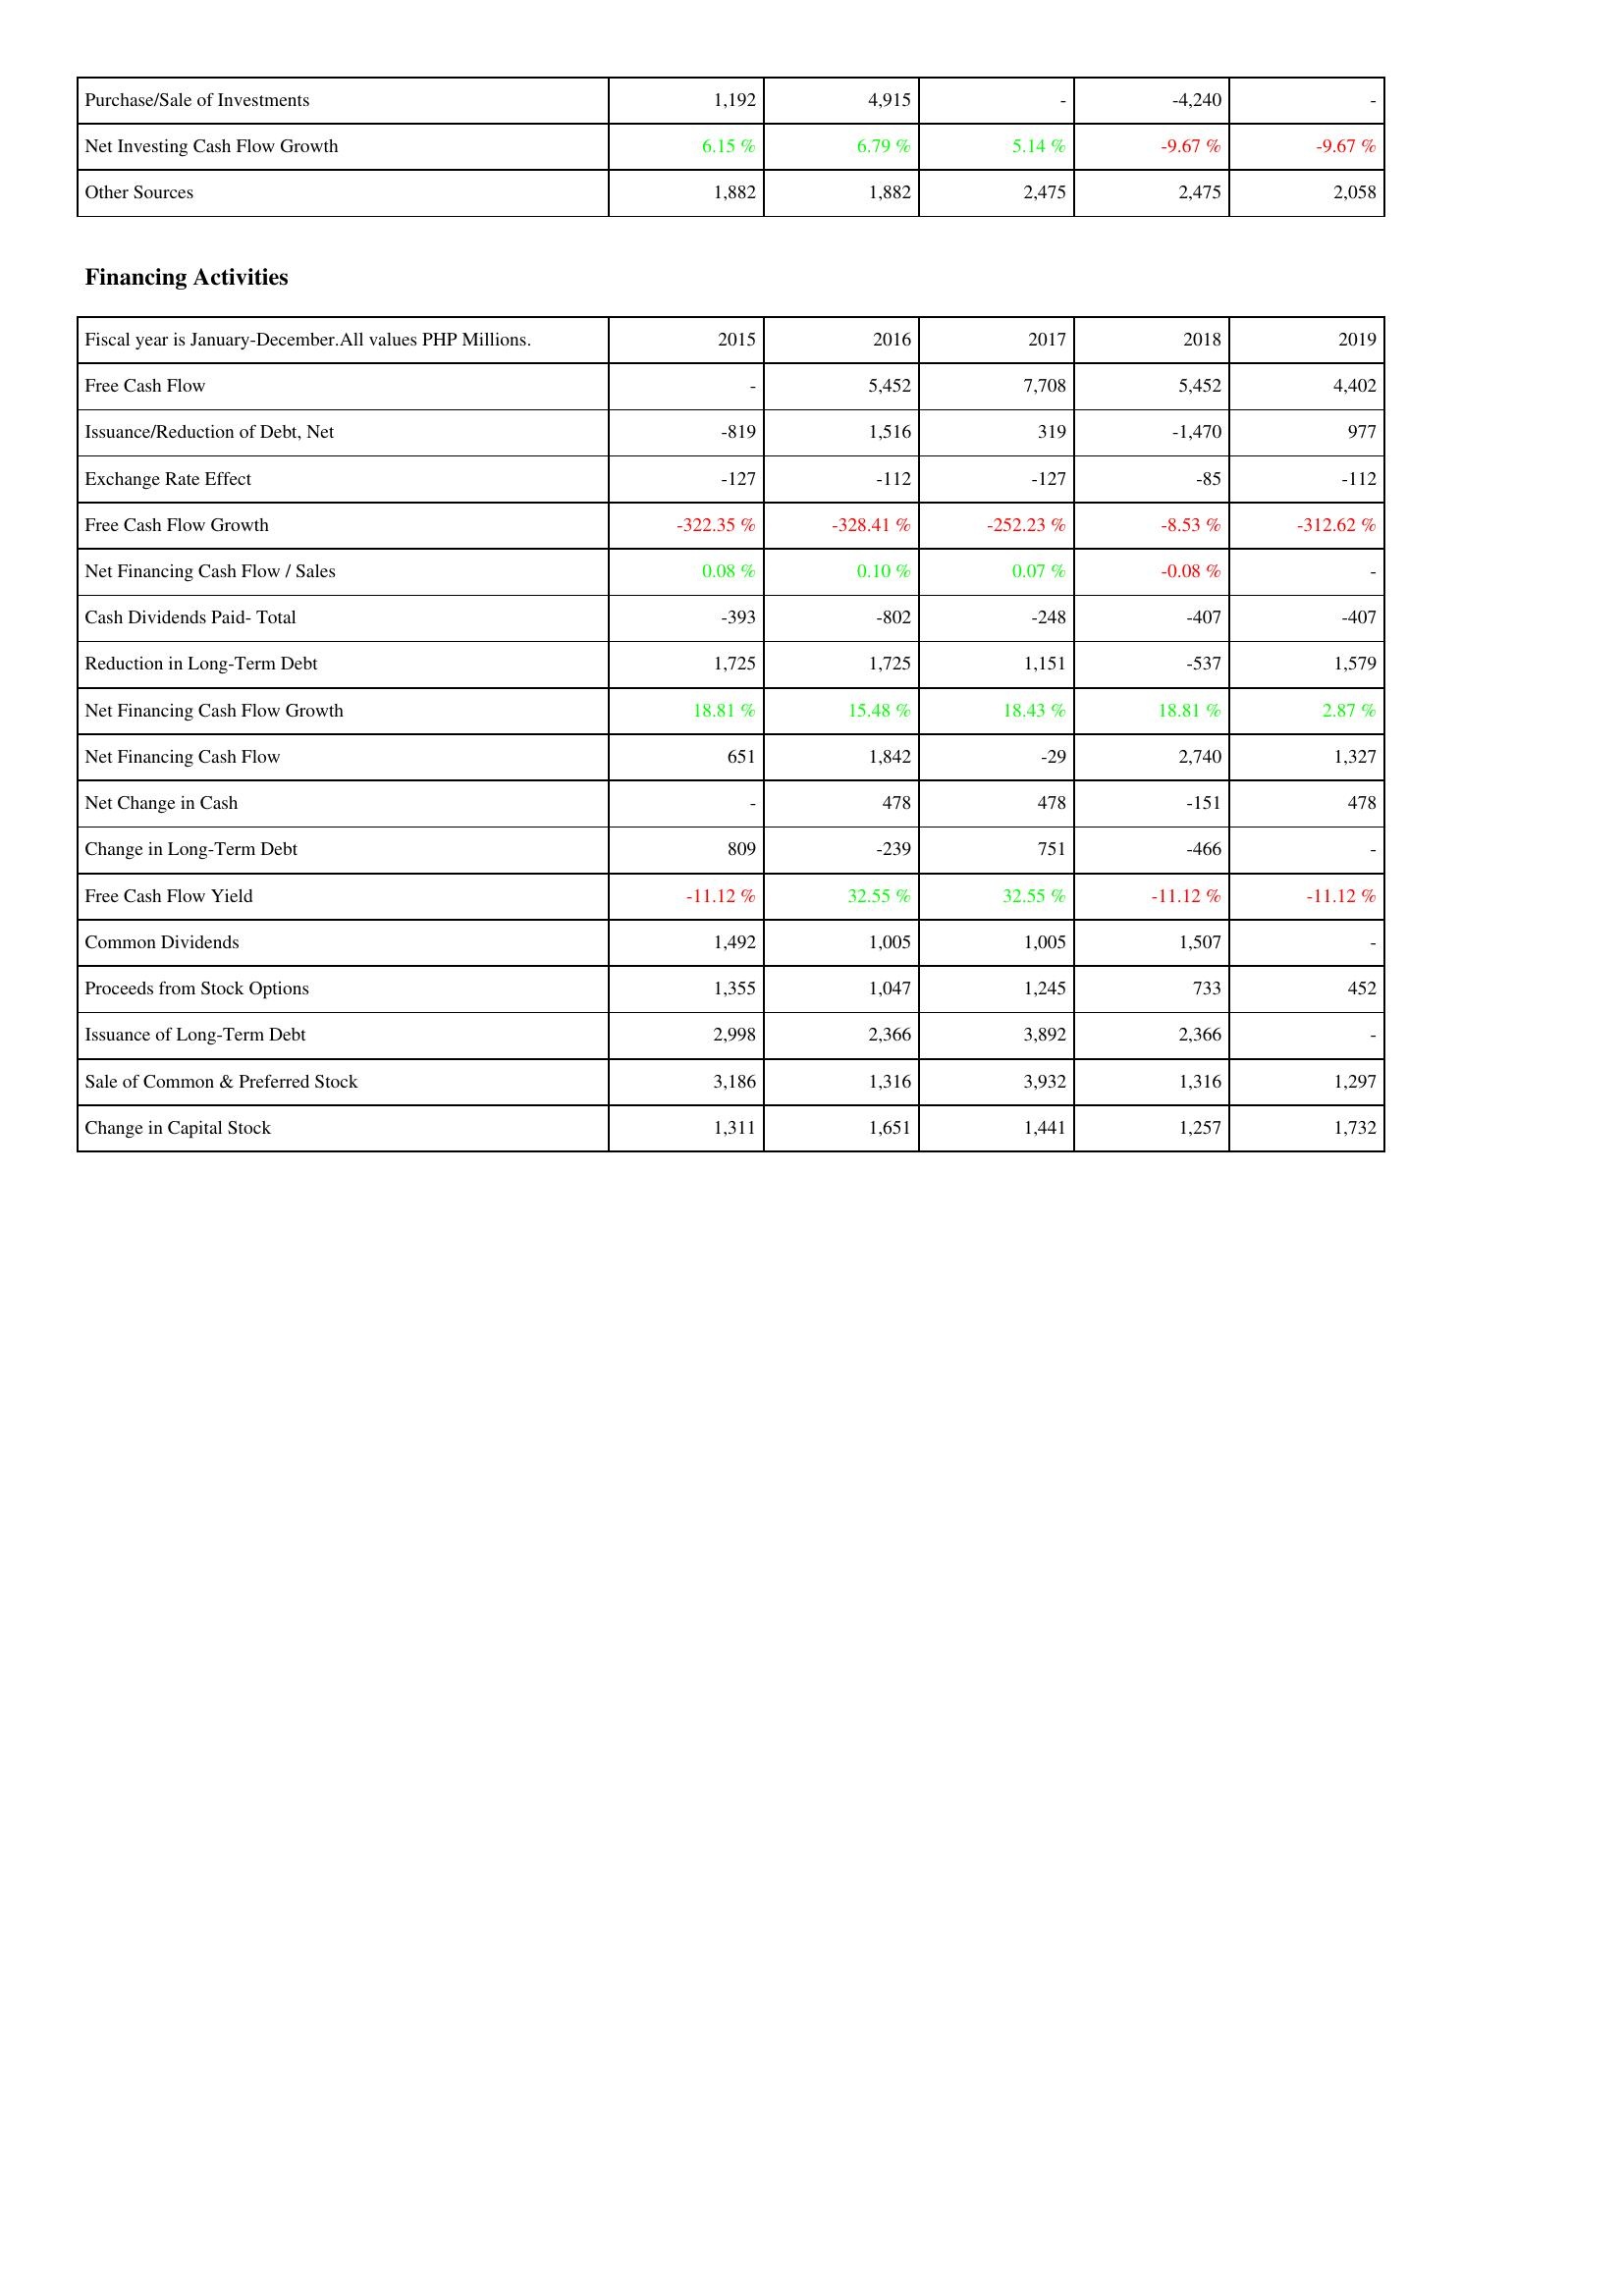
2015: Investing Activities: Purchase/Sale of Investments: 1,192
Net Investing Cash Flow Growth: 6.15 %
Other Sources: 1,882
Financing Activities: Free Cash Flow: -
Issuance/Reduction of Debt, Net: -819
Exchange Rate Effect: -127
Free Cash Flow Growth: -322.35 %
Net Financing Cash Flow / Sales: 0.08 %
Cash Dividends Paid- Total: -393
Reduction in Long-Term Debt: 1,725
Net Financing Cash Flow Growth: 18.81 %
Net Financing Cash Flow: 651
Net Change in Cash: -
Change in Long-Term Debt: 809
Free Cash Flow Yield: -11.12 %
Common Dividends: 1,492
Proceeds from Stock Options: 1,355
Issuance of Long-Term Debt: 2,998
Sale of Common & Preferred Stock: 3,186
Change in Capital Stock: 1,311
2016: Investing Activities: Purchase/Sale of Investments: 4,915
Net Investing Cash Flow Growth: 6.79 %
Other Sources: 1,882
Financing Activities: Free Cash Flow: 5,452
Issuance/Reduction of Debt, Net: 1,516
Exchange Rate Effect: -112
Free Cash Flow Growth: -328.41 %
Net Financing Cash Flow / Sales: 0.10 %
Cash Dividends Paid- Total: -802
Reduction in Long-Term Debt: 1,725
Net Financing Cash Flow Growth: 15.48 %
Net Financing Cash Flow: 1,842
Net Change in Cash: 478
Change in Long-Term Debt: -239
Free Cash Flow Yield: 32.55 %
Common Dividends: 1,005
Proceeds from Stock Options: 1,047
Issuance of Long-Term Debt: 2,366
Sale of Common & Preferred Stock: 1,316
Change in Capital Stock: 1,651
2017: Investing Activities: Purchase/Sale of Investments: -
Net Investing Cash Flow Growth: 5.14 %
Other Sources: 2,475
Financing Activities: Free Cash Flow: 7,708
Issuance/Reduction of Debt, Net: 319
Exchange Rate Effect: -127
Free Cash Flow Growth: -252.23 %
Net Financing Cash Flow / Sales: 0.07 %
Cash Dividends Paid- Total: -248
Reduction in Long-Term Debt: 1,151
Net Financing Cash Flow Growth: 18.43 %
Net Financing Cash Flow: -29
Net Change in Cash: 478
Change in Long-Term Debt: 751
Free Cash Flow Yield: 32.55 %
Common Dividends: 1,005
Proceeds from Stock Options: 1,245
Issuance of Long-Term Debt: 3,892
Sale of Common & Preferred Stock: 3,932
Change in Capital Stock: 1,441
2018: Investing Activities: Purchase/Sale of Investments: -4,240
Net Investing Cash Flow Growth: -9.67 %
Other Sources: 2,475
Financing Activities: Free Cash Flow: 5,452
Issuance/Reduction of Debt, Net: -1,470
Exchange Rate Effect: -85
Free Cash Flow Growth: -8.53 %
Net Financing Cash Flow / Sales: -0.08 %
Cash Dividends Paid- Total: -407
Reduction in Long-Term Debt: -537
Net Financing Cash Flow Growth: 18.81 %
Net Financing Cash Flow: 2,740
Net Change in Cash: -151
Change in Long-Term Debt: -466
Free Cash Flow Yield: -11.12 %
Common Dividends: 1,507
Proceeds from Stock Options: 733
Issuance of Long-Term Debt: 2,366
Sale of Common & Preferred Stock: 1,316
Change in Capital Stock: 1,257
2019: Investing Activities: Purchase/Sale of Investments: -
Net Investing Cash Flow Growth: -9.67 %
Other Sources: 2,058
Financing Activities: Free Cash Flow: 4,402
Issuance/Reduction of Debt, Net: 977
Exchange Rate Effect: -112
Free Cash Flow Growth: -312.62 %
Net Financing Cash Flow / Sales: -
Cash Dividends Paid- Total: -407
Reduction in Long-Term Debt: 1,579
Net Financing Cash Flow Growth: 2.87 %
Net Financing Cash Flow: 1,327
Net Change in Cash: 478
Change in Long-Term Debt: -
Free Cash Flow Yield: -11.12 %
Common Dividends: -
Proceeds from Stock Options: 452
Issuance of Long-Term Debt: -
Sale of Common & Preferred Stock: 1,297
Change in Capital Stock: 1,732